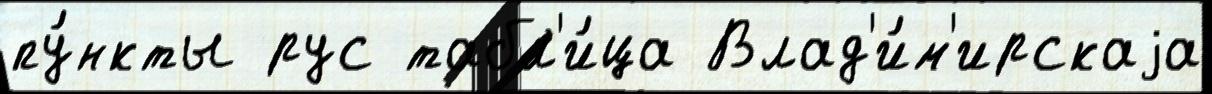
пу́нкты рус табл'и́ца Влад'и́м'ирскаjа